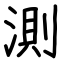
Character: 測